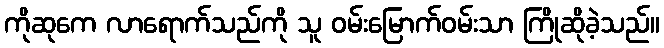
ကိုဆုကေ လာရောက်သည်ကို သူ ဝမ်းမြောက်ဝမ်းသာ ကြိုဆိုခဲ့သည်။